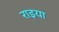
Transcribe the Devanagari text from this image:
राइया